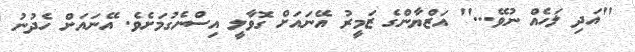
''އަދި ލަހެއް ނުވޭ...'' އަޒްޔާންގެ ޒަމީރު އޭނައަށް ގޮވާލީ އިސްނެގުމަށެވެ. އޭނައަށް ހެދުނު